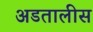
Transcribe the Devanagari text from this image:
अडतालीस